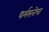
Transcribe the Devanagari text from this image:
धर्मसत्तेचा